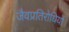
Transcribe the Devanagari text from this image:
जैवप्रतिरोधियों